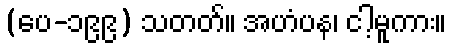
(ပေ-၁၉၉) သတတ်။ အဟံပန၊ ငါ့မူကား။